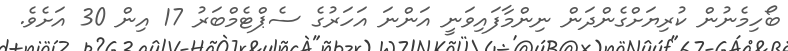
ބޯހިމެނުން ކުރިޔަށްގެންދަން ނިންމާފައިވަނީ އަންނަ އަހަރުގެ ސެޕްޓެމްބަރު 17 އިން 30 އަށެވެ.